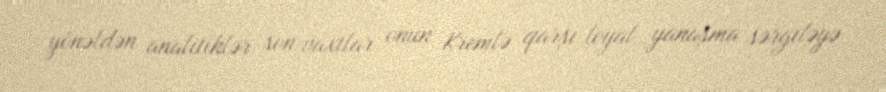
yönəldən analitiklər son vaxtlar onun Kremlə qarşı loyal yanaşma sərgiləyə